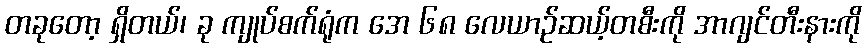
တခုတော့ ရှိတယ်၊ ခု ကျုပ်စက်ရုံက အေ ၆၈ လေယာဉ်ဆယ့်တစီးကို အာဂျင်တီးနားကို